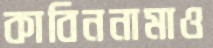
কাবিননামাও